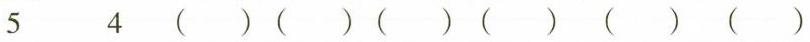
5 4 ()()()()()()